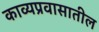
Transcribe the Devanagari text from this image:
काव्यप्रवासातील